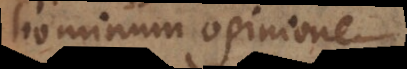
hominum opinione